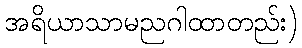
အရိယာသာမညဂါထာတည်း)